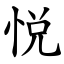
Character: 悦